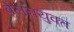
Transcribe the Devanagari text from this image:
बेलनयुक्त